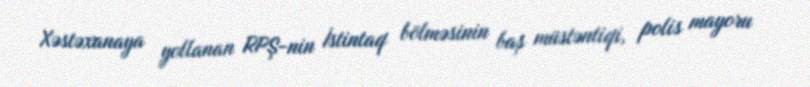
Xəstəxanaya yollanan RPŞ-nin İstintaq bölməsinin baş müstəntiqi, polis mayoru